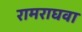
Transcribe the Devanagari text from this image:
रामराघवा